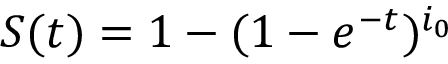
S ( t ) = 1 - ( 1 - e ^ { - t } ) ^ { i _ { 0 } }